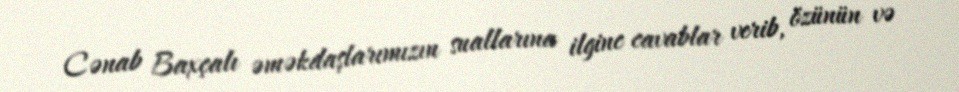
Cənab Baxçalı əməkdaşlarımızın suallarına ilginc cavablar verib, özünün və